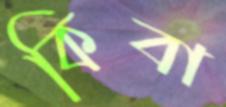
কিবা